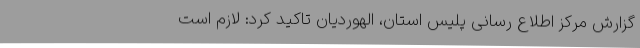
گزارش مرکز اطلاع رسانی پلیس استان، الهوردیان تاکید کرد: لازم است